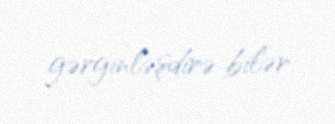
gərginləşdirə bilər.